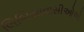
લિબિયાવાસીઓએ